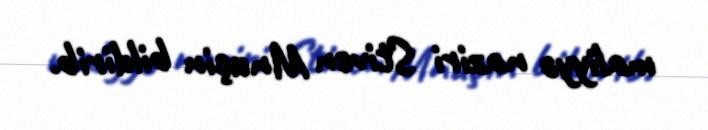
maliyyə naziri Stiven Mnuçin bildirib.